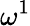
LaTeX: \omega^{1}